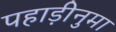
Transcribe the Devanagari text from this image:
पहाड़ीनुमा